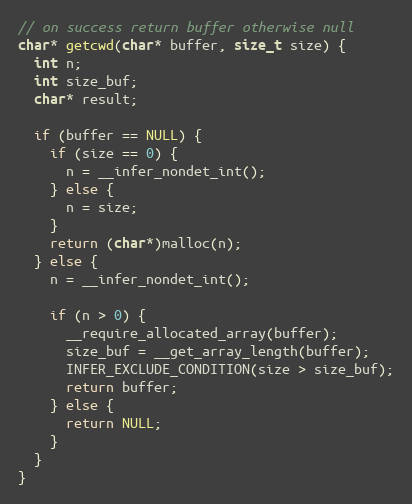
Language: C
// on success return buffer otherwise null
char* getcwd(char* buffer, size_t size) {
  int n;
  int size_buf;
  char* result;

  if (buffer == NULL) {
    if (size == 0) {
      n = __infer_nondet_int();
    } else {
      n = size;
    }
    return (char*)malloc(n);
  } else {
    n = __infer_nondet_int();

    if (n > 0) {
      __require_allocated_array(buffer);
      size_buf = __get_array_length(buffer);
      INFER_EXCLUDE_CONDITION(size > size_buf);
      return buffer;
    } else {
      return NULL;
    }
  }
}